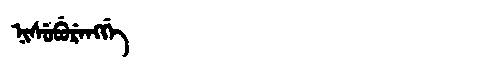
Manchu: ᠨᡳᠰᡠᠪᡠᡵᡝᠩᡤᡝ
Romanization: NISUBURENGGE